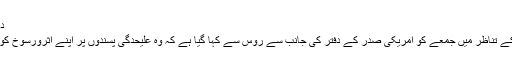
دمیتری پیسکوف
اس صورتحال کے تناظر میں جمعے کو امریکی صدر کے دفتر کی جانب سے روس سے کہا گیا ہے کہ وہ علیحدگی پسندوں پر اپنے اثرورسوخ کو استعمال کرے۔